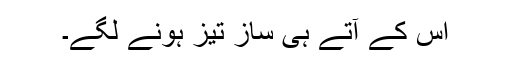
اس کے آتے ہی ساز تیز ہونے لگے۔